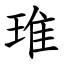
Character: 琟